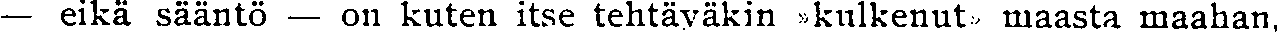
— eikä sääntö — on kuten itse tehtäväkin »kulkenut» maasta maahan,